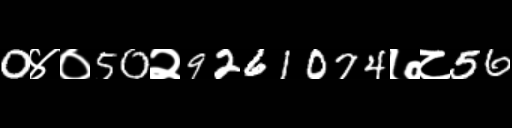
Text: 0४०50२9261074७८56